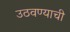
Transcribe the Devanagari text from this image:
उठवण्याची